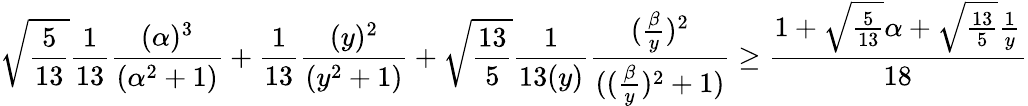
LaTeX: \sqrt{\frac{5}{13}}\frac{1}{13}\frac{(\alpha)^{3}}{(\alpha^{2}+1)}+\frac{1}{13}\frac{(y)^{2}}{(y^{2}+1)}+\sqrt{\frac{13}{5}}\frac{1}{13(y)}\frac{(\frac{\beta}{y})^{2}}{((\frac{\beta}{y})^{2}+1)}\geq\frac{1+\sqrt{\frac{5}{13}}\alpha+\sqrt{\frac{13}{5}}\frac{1}{y}}{18}